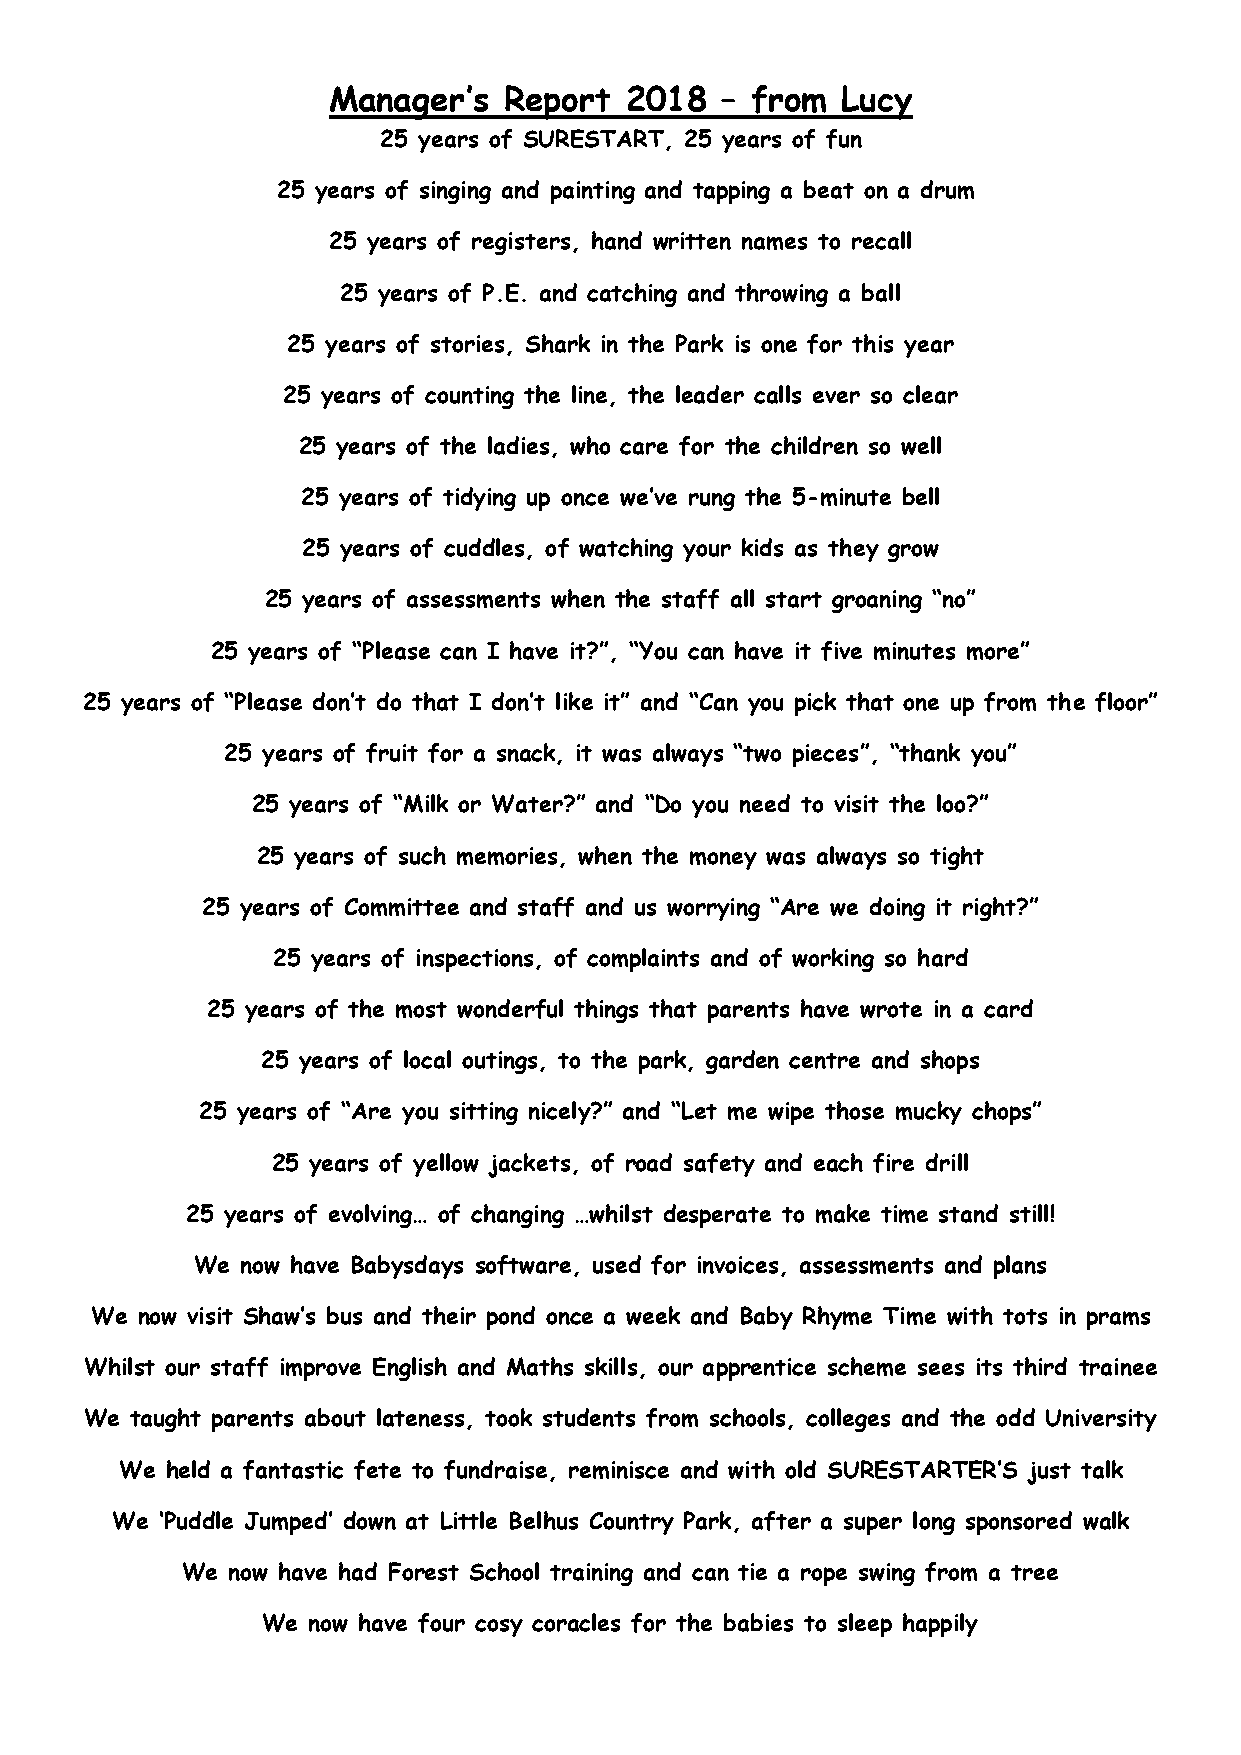
Manager’s  Report  2018   – from  Lucy
 25 years of SURESTART, 25 years of fun
 25 years of singing and painting and tapping a beat on a drum
 25 years of registers, hand written names to recall
 25 years of P.E. and catching and throwing a ball
 25 years of stories, Shark in the Park is one for this year
 25 years of counting the line, the leader calls ever so clear
 25 years of the ladies, who care for the children so well
 25 years of tidying up once we’ve rung the 5-minute bell
 25 years of cuddles, of watching your kids as they grow
 25 years of assessments when the staff all start groaning “no”
 25 years of “Please can I have it?”, “You can have it five minutes more”
 25 years of “Please don’t do that I don’t like it” and “Can you pick that one up from the floor”
 25 years of fruit for a snack, it was always “two pieces”, “thank you”
 25 years of “Milk or Water?” and “Do you need to visit the loo?”
 25 years of such memories, when the money was always so tight
 25 years of Committee and staff and us worrying “Are we doing it right?”
 25 years of inspections, of complaints and of working so hard
 25 years of the most wonderful things that parents have wrote in a card
 25 years of local outings, to the park, garden centre and shops
 25 years of “Are you sitting nicely?” and “Let me wipe those mucky chops”
 25 years of yellow jackets, of road safety and each fire drill
 25 years of evolving… of changing …whilst desperate to make time stand still!
 We now have Babysdays software, used for invoices, assessments and plans
 We now visit Shaw’s bus and their pond once a week and Baby Rhyme Time with tots in prams
 Whilst our staff improve English and Maths skills, our apprentice scheme sees its third trainee
 We taught parents about lateness, took students from schools, colleges and the odd University
 We held a fantastic fete to fundraise, reminisce and with old SURESTARTER’S just talk
 We ‘Puddle Jumped’ down at Little Belhus Country Park, after a super long sponsored walk
 We now have had Forest School training and can tie a rope swing from a tree
 We now have four cosy coracles for the babies to sleep happily